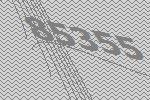
85355